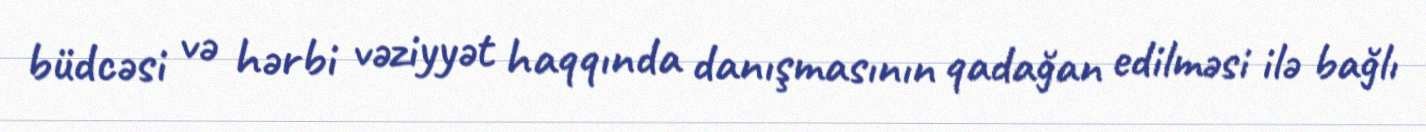
büdcəsi və hərbi vəziyyət haqqında danışmasının qadağan edilməsi ilə bağlı